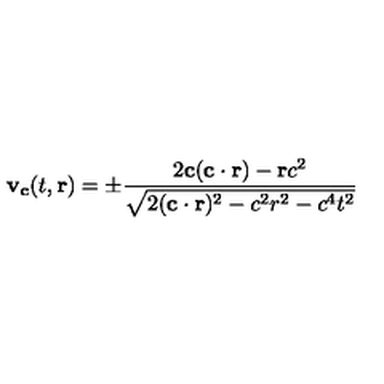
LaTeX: { \bf { v _ { c } } } ( t , { \bf { r } } ) = \pm \frac { 2 { \bf c } ( { \bf { c \cdot r } } ) - { \bf { r } } c ^ { 2 } } { \sqrt { 2 ( { \bf { c \cdot r } } ) ^ { 2 } - c ^ { 2 } r ^ { 2 } - c ^ { 4 } t ^ { 2 } } }